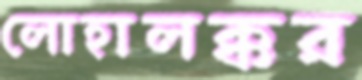
লোহালক্কর